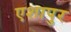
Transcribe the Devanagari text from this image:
एशापुर